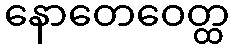
နောတေဝေတ္ထ